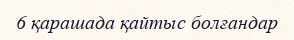
6 қарашада қайтыс болғандар